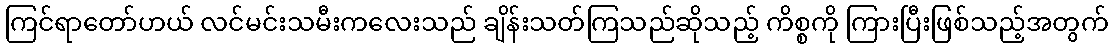
ကြင်ရာတော်ဟယ် လင်မင်းသမီးကလေးသည် ချိန်းသတ်ကြသည်ဆိုသည့် ကိစ္စကို ကြားပြီးဖြစ်သည့်အတွက်